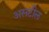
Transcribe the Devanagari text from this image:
असटील